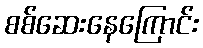
စစ်ဆေးနေကြောင်း